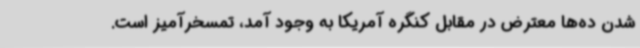
شدن ده‌ها معترض در مقابل کنگره آمریکا به وجود آمد، تمسخرآمیز است.